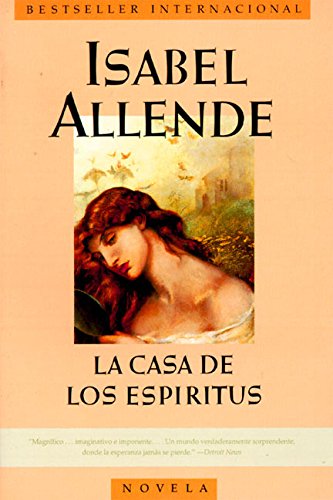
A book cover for La Casa de los EspÃ­ritus (Spanish Edition); Isabel Allende; Literature & Fiction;